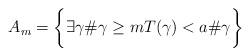
LaTeX: \begin{align*}A_m = \bigg\{ \exists \gamma \#\gamma \geq m T(\gamma) < a\#\gamma \bigg\}\end{align*}